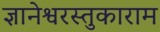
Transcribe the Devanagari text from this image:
ज्ञानेश्वरस्तुकाराम